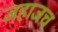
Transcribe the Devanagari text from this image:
जहाजच